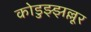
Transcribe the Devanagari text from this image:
कोडुझ्झल्लूर